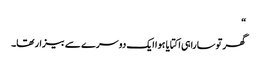
“
گھر توسارا ہی اکتایا ہوا ایک دوسرے سے بیزار تھا۔